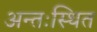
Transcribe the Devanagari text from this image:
अन्तःस्थित